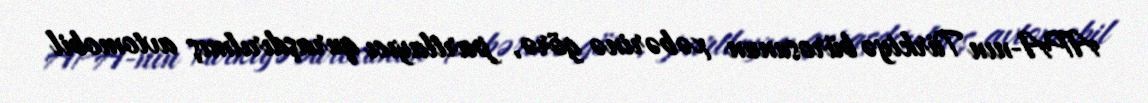
APA-nın Türkiyə bürosunun xəbərinə görə, partlayıcı quraşdırılmış avtomobil